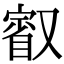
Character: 𭆷